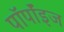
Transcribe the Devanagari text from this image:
पॉर्पॉइज